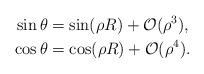
LaTeX: \begin{align*}\sin\theta&=\sin(\rho R)+\mathcal O(\rho^3),\\\cos\theta&=\cos(\rho R)+\mathcal O(\rho^4).\end{align*}